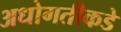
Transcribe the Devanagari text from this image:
अधोगतीकडे